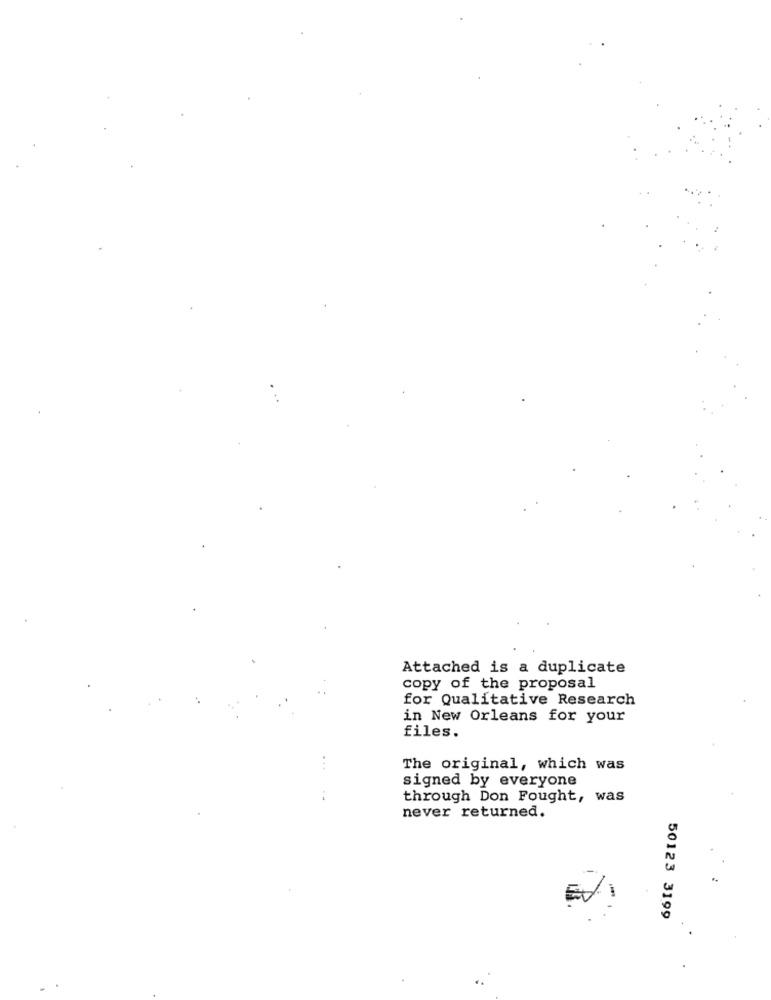
Attached is a duplicate
copy of the proposal
for Qualitative Research
in New Orleans for your
files.
...
The original, which was
signed by everyone
:
through Don Fought, was
never returned.
50123 3199